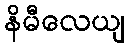
နိမီလေယျ